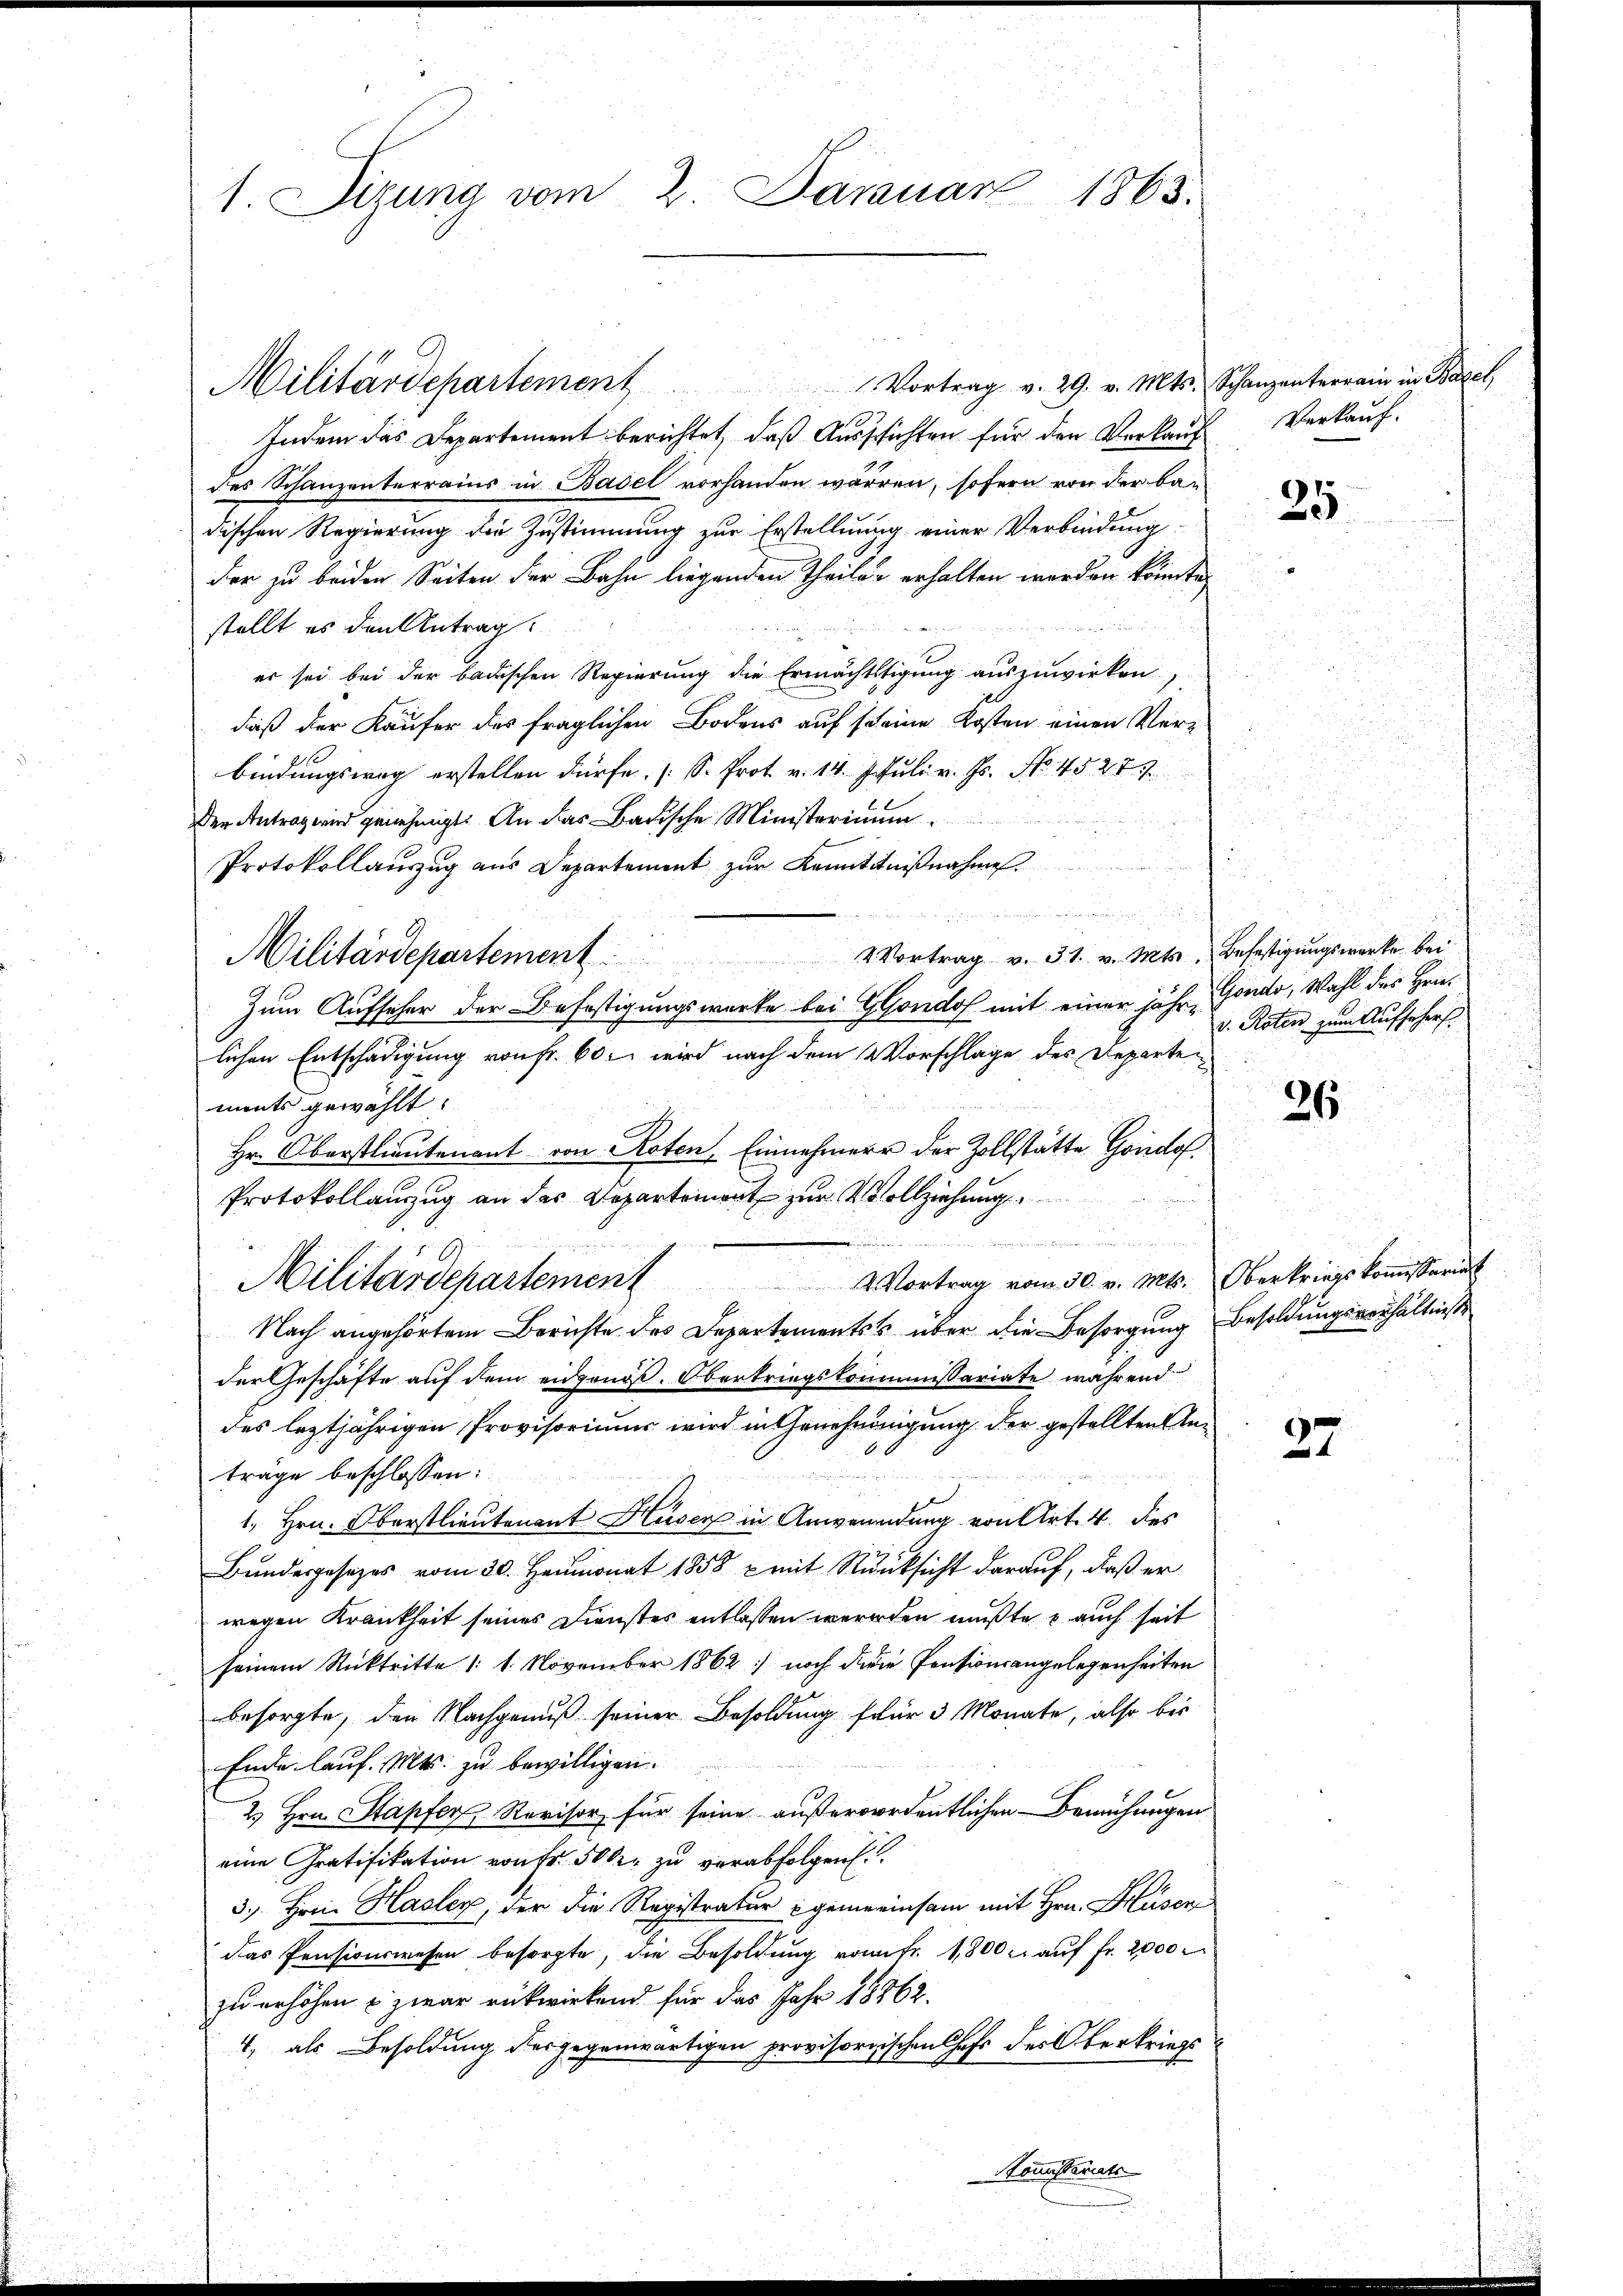
1 Sizung vom 2. Januar 1863.

Militärdepartement Vortrag v. 29. v. Mts. Schanzenterrain in Basel,
Indem das Departement berichtet, daß Aussichten für den Verkauf
des Schanzenterrains in Basel vorhanden wären, sofern von der bedischen Regierung die Zustimmung zur Erstellung einer Verbindung
der zu beiden Seiten der Bahn liegenden Theile erhalten werden könnte,
stellt es den Antrag
er sei bei der badischen Regierung die Ermächtigung auszuwirken)
daß der Käufer des fraglichen Bodens auf seine Kosten einen Verbindungsweg erstellen dürfe. (S. Prot. v. 14. Juli v. Js. No. 4527
den Antragend genehmigt. An das Badische Ministerimum.
Protokollauszug aus Departement zur Kenntnißnahme
.
lichen Entschädigung von Fr. 60. wird nach dem Vorschlage des Departen
ments gewählt:
Hr. Oberstlieutenant von Roten, Einnehmer der Zollstätte Gondo
Protokollanzug an des Departemont zur Vollziehung

Militärdepartement                                              Vortrag vom 30. v. Mts. Oberkriegskommissariat
Nach angehörtem Berichte des Departements über die Besorgung Besoldungsverhältniße
der Geschäfte auf dem eidgenöß. Obertriegskommissariate während
des leztjährigen Provisoriums wird in Genehmigung der gestellten Anträge beschlossen:
1. Hrn. Oberstlieutenant Huser in Anwendung von Art. 4. des
Bundesgesezes vom 30. Heumonat 1858 x mit Rücksicht darauf, daß er
wegen Krankheit seines Dienstes entlassen werden mußte auch seit
seinem Rücktritte 1: 1. November 1862 noch die Pensionsangelegenheiten
besorgte, den Nachgenuß seiner Besoldung für 3 Monate, also bis
Ende lauf. Mts. zu bewilligen.
2 Hrn. Stapfer Revisor für seine außerordentlichen Bemühungen
eine Gratifikation von Fr. 50 kr zu verabfolgen.
3.) Freie Hasler, der die Registratur gemeinsam mit Hrn. Hüsen
das Präsicurwesen besorgte, die Besoldung vom fr. 1,800 l. auf fr. 2000.
zu erhöhen & zwar rükwirkend für das Jahr 18862.
4, als Besoldung der gegenwärtigen provisorischen Chefs der Oberkriegs

Militärdepartement                              2 Vortrag v. 31. v. Mts. Befestigungswerke bei
Zum Aufseher der Befestigungswerke bei GGondof mit einer jähr, Gondo, Wahl des Hrn.

Nonisteriats

Verkauf.

25

v. Roten zum Aufsehers

26

27